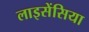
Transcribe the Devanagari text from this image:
लाइसेंसिया